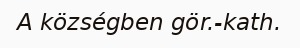
A községben gör.-kath.